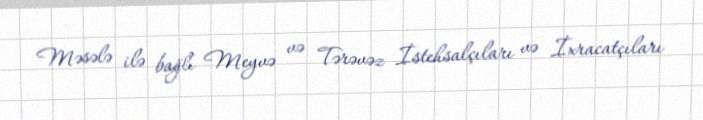
Məsələ ilə bağlı Meyvə və Tərəvəz İstehsalçıları və İxracatçıları